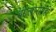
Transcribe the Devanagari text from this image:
बंगलोरातही